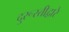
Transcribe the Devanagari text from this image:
दुरूस्तीद्वारे